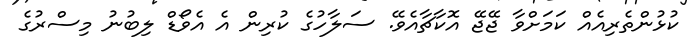
ކުޅުންތެރިއެއް ކަމަށްވާ ޖޭޖޭ އޮކާޗާއެވެ.ެ ސަލާހުގެ ކުރިން އެ އެވޯޑް ލިބުނު މިސްރުގެ